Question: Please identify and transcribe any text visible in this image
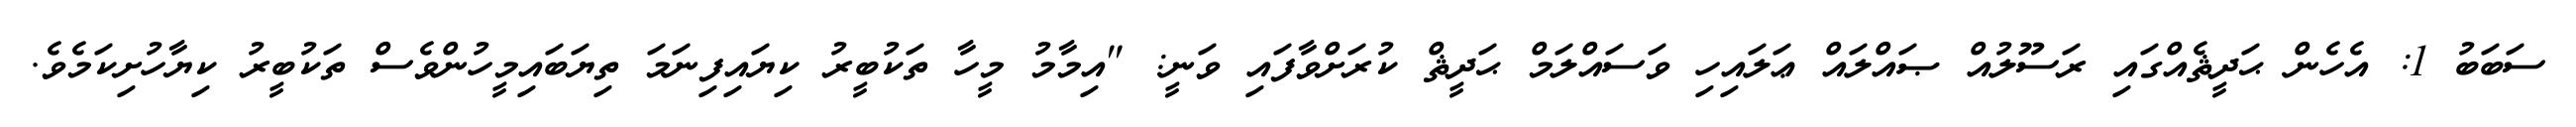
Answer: ސަބަބު 1: އެހެން ޙަދީޘެއްގައި ރަސޫލުއް ޞައްލައް ޢަލައިހި ވަސައްލަމް ޙަދީޘް ކުރަށްވާފައި ވަނީ: "އިމާމު މީހާ ތަކުބީރު ކިޔައިފިނަމަ ތިޔަބައިމީހުންވެސް ތަކުބީރު ކިޔާހުށިކަމެވެ.